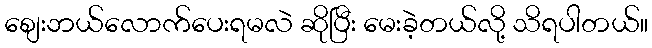
စျေးဘယ်လောက်ပေးရမလဲ ဆိုပြီး မေးခဲ့တယ်လို့ သိရပါတယ်။